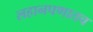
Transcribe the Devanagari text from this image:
लहानपणातच